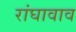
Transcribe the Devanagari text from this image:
रांघावाव